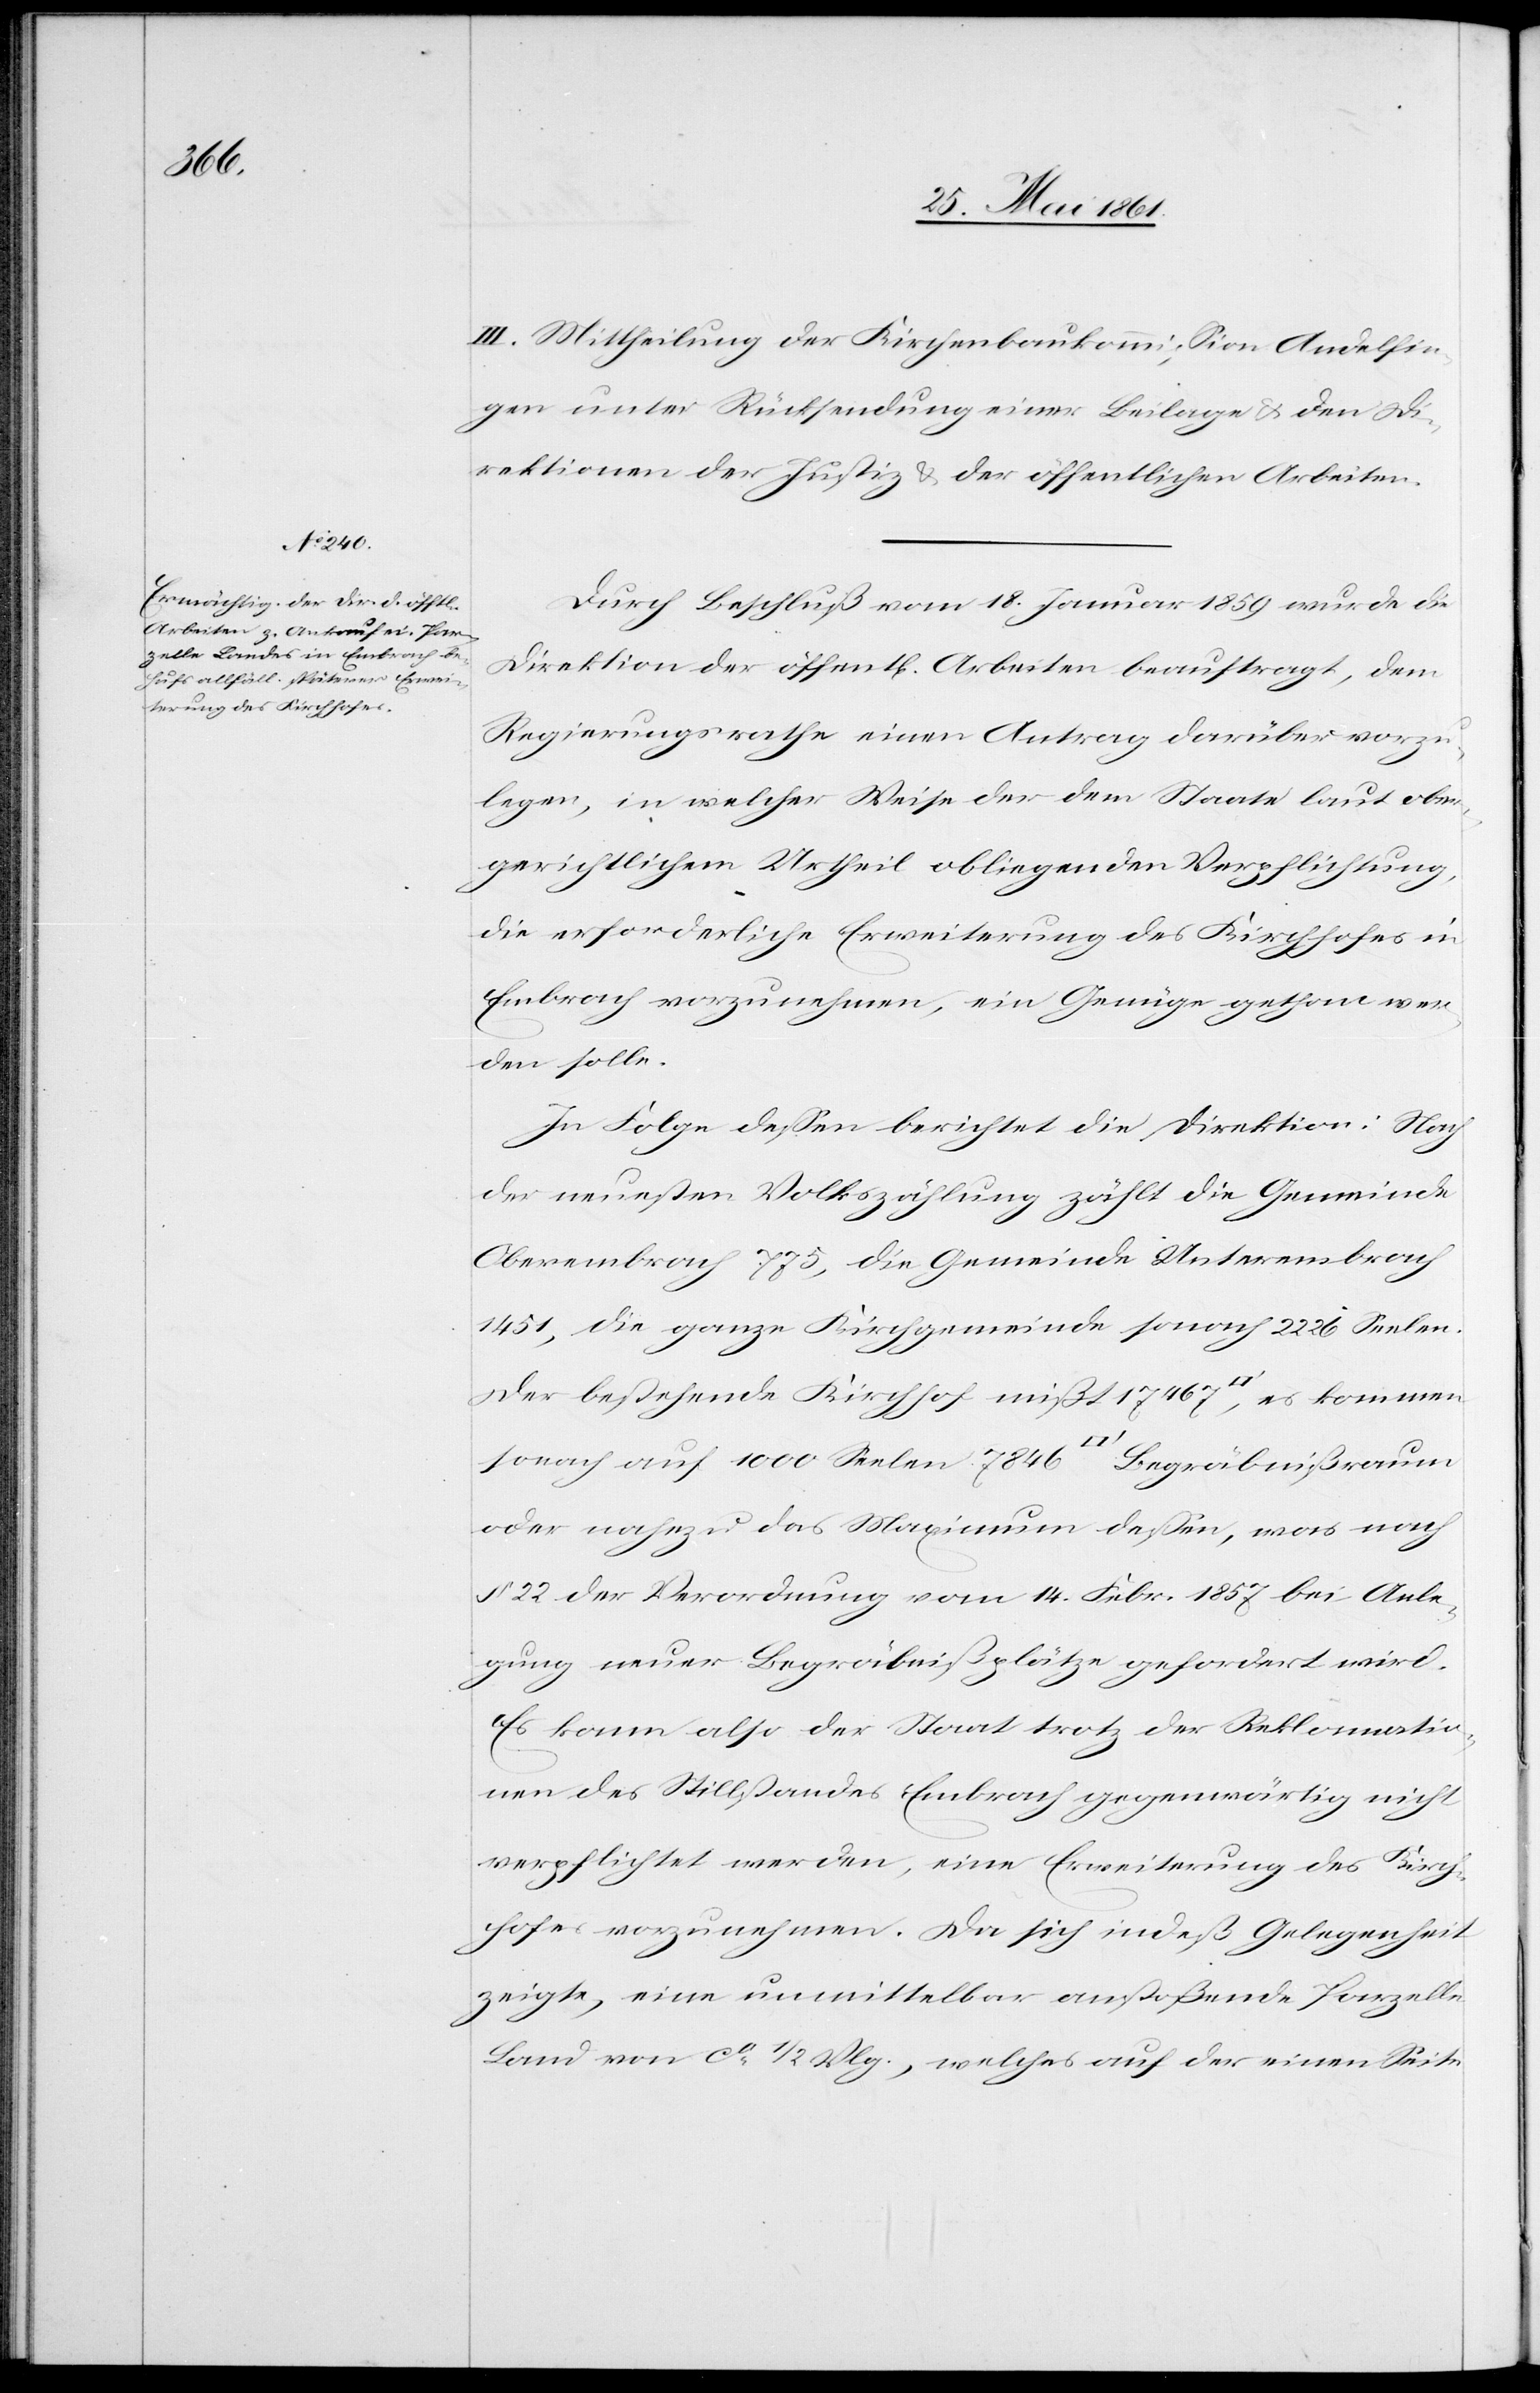
III. Mittheilung der Kirchenbaukommission Andelfin¬
gen unter Rücksendung einer Beilage u. den Di¬
rektionen der Justiz u. der öffentlichen Arbeiten.
Durch Beschluß vom 18. Januar wurde die
Direktion der öffent[lichen] Arbeiten beauftragt, dem
Regierungsrathe einen Antrag darüber vorzu¬
legen, in welcher Weise der dem Staate laut ober¬
gerichtlichem Urtheil obliegenden Verpflichtung,
die erforderliche Erweiterung des Kirchhofes in
Embrach vorzunehmen, ein Genüge gethan wer¬
den solle.
In Folge dessen berichtet die Direktion: Nach
der neusten Volkszählung zählt die Gemeinde
Oberembrach 775, die Gemeinde Unterembrach
1451, die ganze Kirchgemeinde sonach 2226 Seelen.
Der bestehende Kirchhof mißt 17 467 [Quadratfuß], es kommen
sonach auf 1000 Seelen 7846 [Quadratfuß] Begräbnißraum
oder nahezu das Maximum dessen, was nach
§ 22 der Verordnung vom 14. Febr. 1857 bei Anle¬
gung neuer Begräbnißplätze gefordert wird.
Es kann also der Staat trotz der Reklamatio¬
nen des Stillstandes Embrach gegenwärtig nicht
verpflichtet werden, eine Erweiterung des Kirch¬
hofes vorzunehmen. Da sich indeß Gelegenheit
zeigte, eine unmittelbar anstoßende Parzelle
Land von ca 1/2 Vlg., welches auf der einen Seite